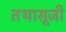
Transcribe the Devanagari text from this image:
तथासूजी